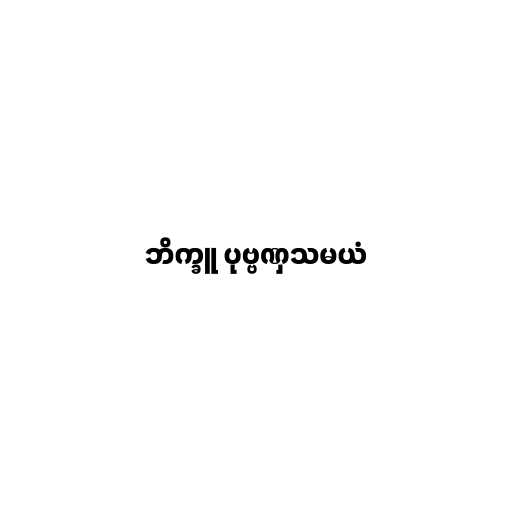
ဘိက္ခူ ပုဗ္ဗဏှသမယံ